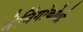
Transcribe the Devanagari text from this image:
मेनिंगोकोक्की